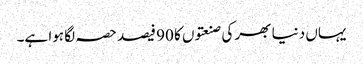
یہاں دنیا بھر کی صنعتوں کا 90 فیصد حصہ لگا ہوا ہے۔